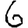
Digit: 6